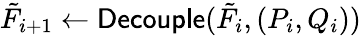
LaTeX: \tilde{F}_{i+1}\gets\textsf{Decouple}(\tilde{F}_{i},(P_{i},Q_{i}))